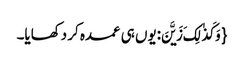
{ وَ کَذٰلِکَ زَیَّنَ:یوں ہی عمدہ کر دکھایا۔